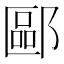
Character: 𫑧